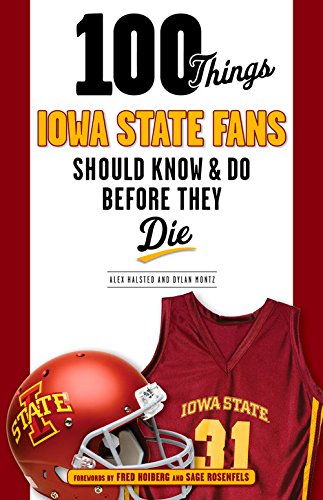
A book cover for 100 Things Iowa State Fans Should Know & Do Before They Die (100 Things...Fans Should Know); Alex Halsted; Sports & Outdoors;